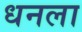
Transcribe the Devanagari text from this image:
धनला